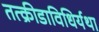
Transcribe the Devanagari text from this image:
तत्क्रीडाविधिर्यथा